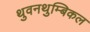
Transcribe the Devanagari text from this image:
थुवनथुम्बिकल